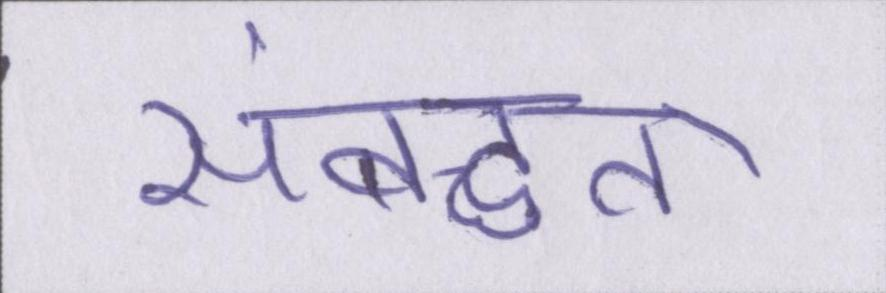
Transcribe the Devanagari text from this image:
संबद्धता